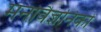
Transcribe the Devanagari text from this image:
मनोवैज्ञनिकों